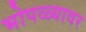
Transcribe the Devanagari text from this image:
भोपळ्यावर